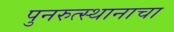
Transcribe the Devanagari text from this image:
पुनरुत्स्थानाचा